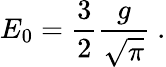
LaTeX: E_{0}=\frac{3}{2}\frac{g}{\sqrt{\pi}}\ .